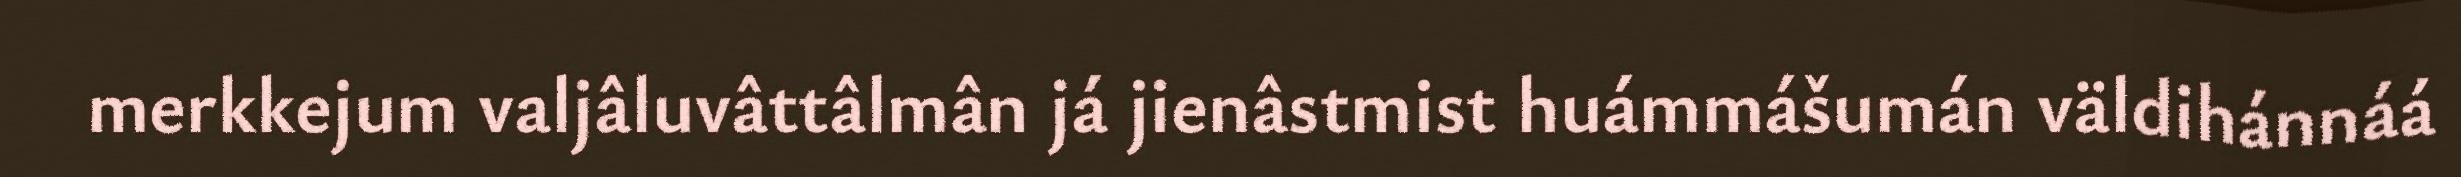
merkkejum valjâluvâttâlmân já jienâstmist huámmášumán väldihánnáá